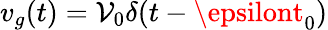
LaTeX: v_{g}(t)=\mathcal{V}_{0}\delta(t-\epsilont_{0})